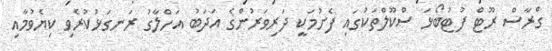
ގްރާސް ރޫޓް ފުޓުބޯޅަ ސްކޫލްތަކުގައި ފެށުމަކީ ދަރިވަރުންގެ އަދަބު އަހްލާގު ރަނގަޅުކުރެވި ކިޔެވުމާއި